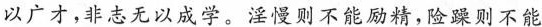
以广才，非志无以成学。淫慢则不能励精，险躁则不能